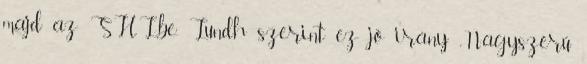
majd az SHL-be. Lundh szerint ez jó irány: „Nagyszerű